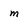
Character: m